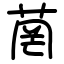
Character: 菵